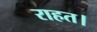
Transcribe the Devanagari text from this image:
राहत।